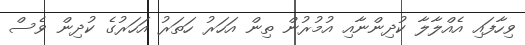
ވިހާފައި އެއްލާލާ ކުދިންނާއި އުމުރުން ތިން އަހަރު ހަތަރު އަހަރުގެ ކުދިން ވެސް